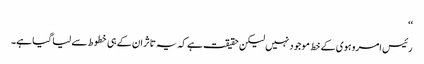
‘‘
رئیس امروہوی کے خط موجود نہیں لیکن حقیقت ہے کہ یہ تاثر ان کے ہی خطوط سے لیا گیا ہے۔